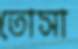
তোসা